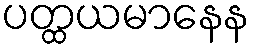
ပတ္ထယမာနေန